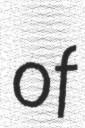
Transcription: of